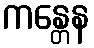
ကန္တေန